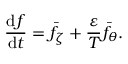
\frac { \mathrm { d } f } { \mathrm { d } t } = \bar { f } _ { \zeta } + \frac { \varepsilon } { T } \bar { f } _ { \theta } .